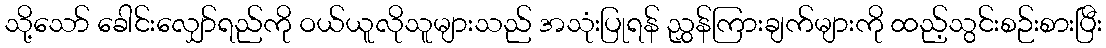
သို့သော် ခေါင်းလျှော်ရည်ကို ဝယ်ယူလိုသူများသည် အသုံးပြုရန် ညွှန်ကြားချက်များကို ထည့်သွင်းစဉ်းစားပြီး